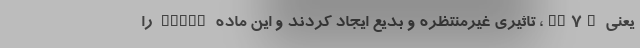
یعنی PC۷A، تاثیری غیرمنتظره و بدیع ایجاد کردند و این ماده STING را